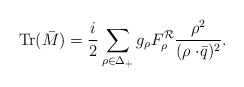
\begin{align*}\mbox{Tr}(\bar{M})={i\over2}\sum_{\rho\in\Delta_+}g_{\rho}F_{\rho}^{\cal R}{\rho^2\over{(\rho\cdot\!\bar{q})^2}}.\end{align*}